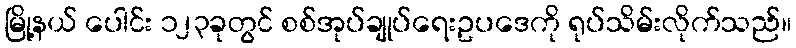
မြို့နယ် ပေါင်း ၁၂၃ခုတွင် စစ်အုပ်ချုပ်ရေးဥပဒေကို ရုပ်သိမ်းလိုက်သည်။